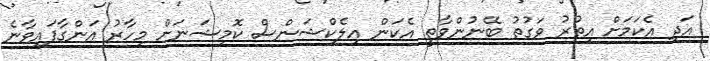
އަދި އެކަމަށް އިތުރު ވަގުތު ބޭނުންވާތީ އެކަން އިލެކްޝަންސް ކޮމިޝަނަށް މިހާރު އަންގާފައިވާނެ